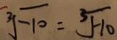
\sqrt [ 3 ] { - 1 0 } = \sqrt [ 3 ] { - 1 0 }